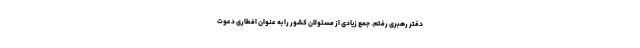
دفتر رهبرى رفتم. جمع زیادى از مسئولان كشور را به عنوان افطارى دعوت